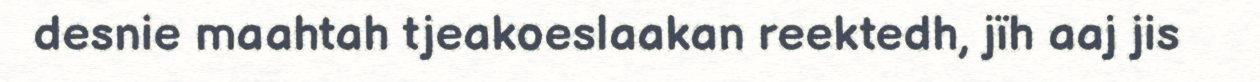
desnie maahtah tjeakoeslaakan reektedh, jïh aaj jis